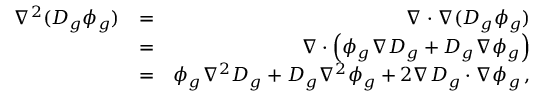
\begin{array} { r l r } { \nabla ^ { 2 } ( D _ { g } \phi _ { g } ) } & { = } & { \nabla \cdot \nabla ( D _ { g } \phi _ { g } ) } \\ & { = } & { \nabla \cdot \left( \phi _ { g } \nabla D _ { g } + D _ { g } \nabla \phi _ { g } \right) } \\ & { = } & { \phi _ { g } \nabla ^ { 2 } D _ { g } + D _ { g } \nabla ^ { 2 } \phi _ { g } + 2 \nabla D _ { g } \cdot \nabla \phi _ { g } \, , } \end{array}